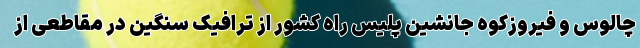
چالوس و فیروزکوه جانشین پلیس راه کشور از ترافیک سنگین در مقاطعی از